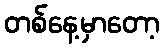
တစ်နေ့မှာတော့